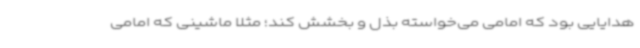
هدایایی بود که امامی می‌خواسته بذل و بخشش کند؛ مثلا ماشینی که امامی